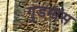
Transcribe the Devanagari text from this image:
गुडमांस